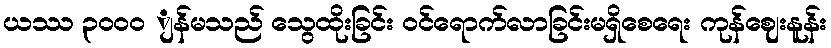
ယဿ ၃၀၀ဝ ျန်မသည် သွေထိုးခြင်း ဝင်ရောက်လာခြင်းမရှိစေရေး ကုန်ဈေးနူန်း